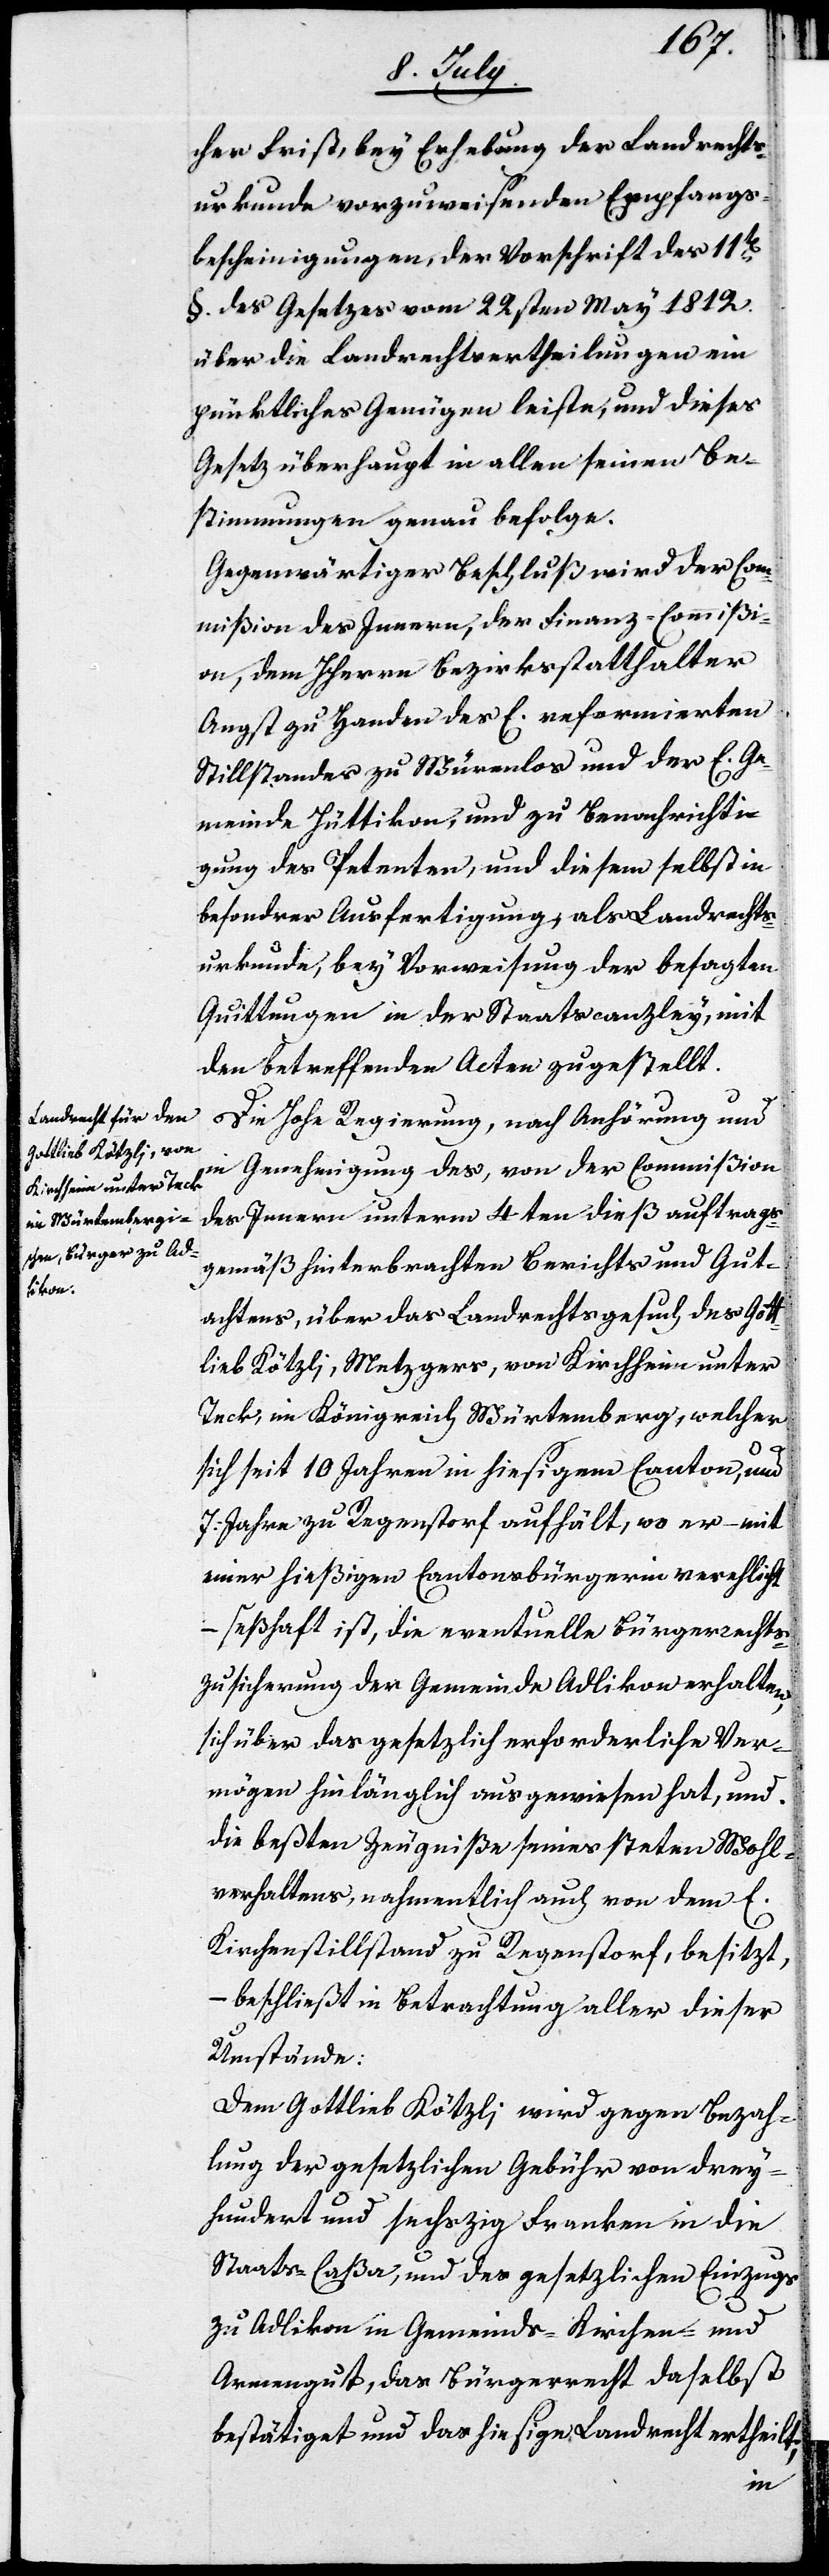
cher Frist, bey Erhebung der Landrechts¬
urkunde vorzuweisenden Empfangs¬
bescheinigungen, der Vorschrift des 11ten
§. des Gesetzes vom 22sten May 1812.
über die Landrechtsertheilungen ein
pünktliches Genügen leiste, und dieses
Gesetz überhaupt in allen seinen Be¬
stimmungen genau befolge.
Gegenwärtiger Beschluß wird der Com¬
mißion des Innern, der Finanz-Commißi¬
on, dem HHerrn Bezirksstatthalter
Angst zu Handen des E. reformierten
Stillstandes zu Würenlos und der E. Ge¬
meinde Hüttikon, und zu Benachrichti¬
gung des Petenten, und diesem selbst in
besonderer Ausfertigung, als Landrechts¬
urkunde, bey Vorweisung der besagten
Quittungen in der Staatscanzley, mit
den betreffenden Acten zugestellt.
Die Hohe Regierung, nach Anhörung und
in Genehmigung des, von der Commißion
des Innern unterm 4ten dieß auftrags¬
gemäß hinterbrachten Berichts und Gut¬
achtens, über das Landrechtsgesuch des Gott¬
lieb Kötzli, Metzgers, von Kirchheim unter
Teck, im Königreich Würtemberg, welcher
sich seit 10. Jahren in hießigem Canton, und
7. Jahre zu Regenstorf aufhält, wo er – mit
einer hießigen Cantonsbürgerin verehlicht
seßhaft ist, die eventuelle Bürgerrechts¬
zusicherung der Gemeinde Adlikon erhalten,
sich über das gesetzlich erforderliche Ver¬
mögen hinlänglich ausgewiesen hat, und
die beßten Zeugniße seines steten Wohl¬
verhaltens, nahmentlich auch vor dem E.
Kirchenstillstand zu Regenstorf, besitzt,
– beschließt in Betrachtung aller dieser
Umstände:
Dem Gottlieb Kötzli wird gegen Bezah¬
lung der gesetzlichen Gebühr von drey¬
hundert und sechzig Franken in die
Staats-Caßa, und des gesetzlichen Einzugs
zu Adlikon in Gemeinds- Kirchen- und
Armengut, das Bürgerrecht daselbst
bestätiget und das hießige Landrecht ertheilt;